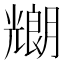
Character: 𠓇